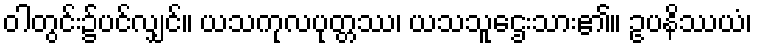
ဝါတွင်း၌ပင်လျှင်။ ယသကုလပုတ္တဿ၊ ယသသူဌေးသား၏။ ဥပနိဿယံ၊